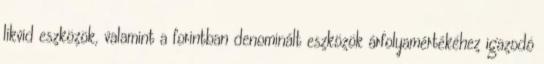
likvid eszközök, valamint a forintban denominált eszközök árfolyamértékéhez igazodó